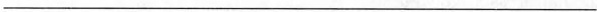
___